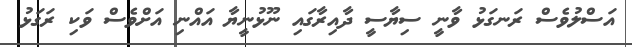
އަސްލުވެސް ރަނގަޅު ވާނީ ސިޔާސީ ދާއިރާގައި ނޫޅުނީޔާ އަައްނި އަށްވެސް ވަކި ރަގަޅު